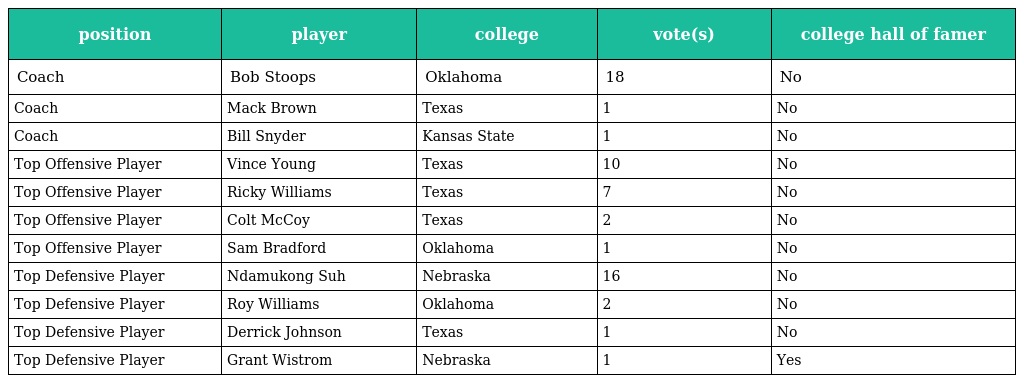
| position | player | college | vote(s) | college hall of famer |
 | --- | --- | --- | --- | --- |
 | Coach | Bob Stoops | Oklahoma | 18 | No |
 | Coach | Mack Brown | Texas | 1 | No |
 | Coach | Bill Snyder | Kansas State | 1 | No |
 | Top Offensive Player | Vince Young | Texas | 10 | No |
 | Top Offensive Player | Ricky Williams | Texas | 7 | No |
 | Top Offensive Player | Colt McCoy | Texas | 2 | No |
 | Top Offensive Player | Sam Bradford | Oklahoma | 1 | No |
 | Top Defensive Player | Ndamukong Suh | Nebraska | 16 | No |
 | Top Defensive Player | Roy Williams | Oklahoma | 2 | No |
 | Top Defensive Player | Derrick Johnson | Texas | 1 | No |
 | Top Defensive Player | Grant Wistrom | Nebraska | 1 | Yes |